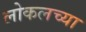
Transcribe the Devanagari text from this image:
लोकलच्या